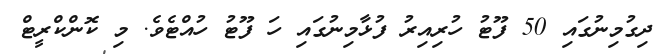
ދިގުމިނުގައި 50 ފޫޓު ހުރިއިރު ފުޅާމިނުގައި ހަ ފޫޓު ހުއްޓެވެ. މި ކޮންކްރީޓް